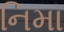
નિમા